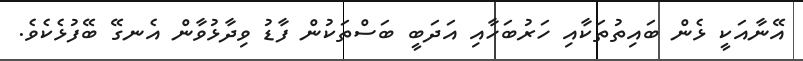
އޭނާއަކީ ޅެން ބައިތުތަކާއި ހަރުބަހާއި އަދަބީ ބަސްތަކުން ފާޑު ވިދާޅުވާން އެނގޭ ބޭފުޅެކެވެ.